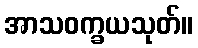
အာသဝက္ခယသုတ်။